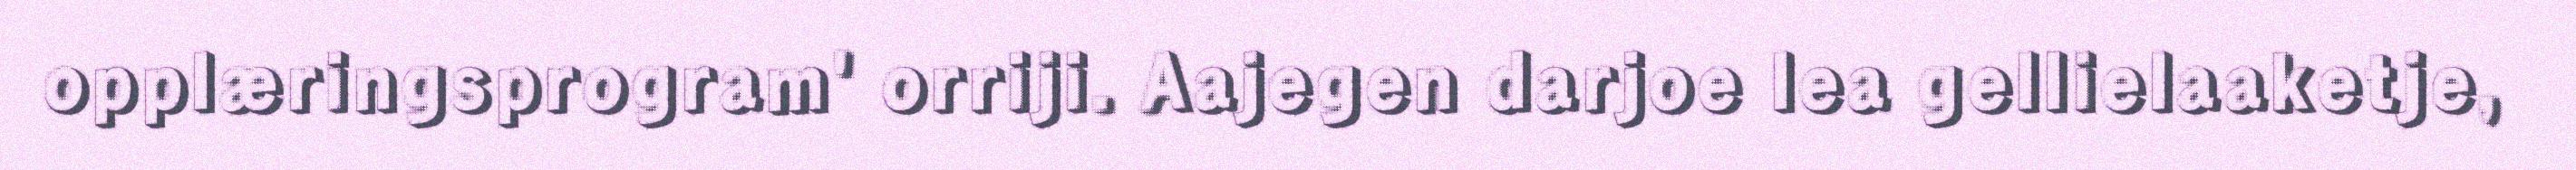
opplæringsprogram' orriji. Aajegen darjoe lea gellielaaketje,